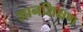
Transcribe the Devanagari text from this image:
ज्ञानशिक्षण